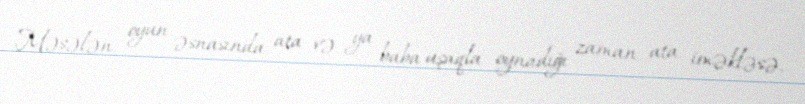
Məsələn, oyun əsnasında, ata və ya baba uşaqla oynadığı zaman ata iməkləsə,